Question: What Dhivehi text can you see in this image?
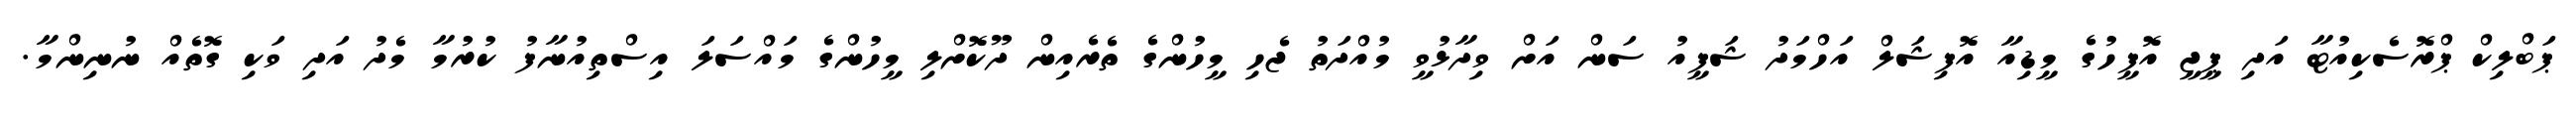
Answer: ޕަބްލިކް ޕްރޮސެކިއުޓާ އަދި ޕީޖީ އޮފީހުގެ މީޑިއާ އޮފިޝަލް އަހްމަދު ޝަފީއު ސަން އަށް ވިދާޅުވީ މުއްދަތު ޖެހި މީހުންގެ ތެރެއިން ދޫކޮށްލި މީހުންގެ މައްސަލަ އިސްތިއުނާފު ކުރުމާ މެދު އަދި ވަކި ގޮތެއް ނުނިންމާ.